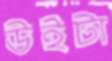
উইটা